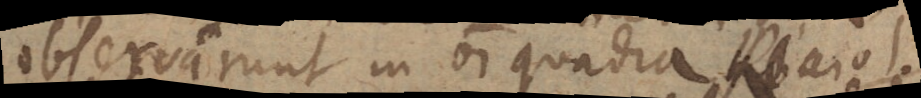
observarunt in omni quadra. Ricciol.